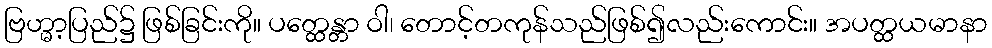
ဗြဟ္မာ့ပြည်၌ ဖြစ်ခြင်းကို။ ပတ္ထေန္တာ ဝါ၊ တောင့်တကုန်သည်ဖြစ်၍လည်းကောင်း။ အပတ္ထယမာနာ